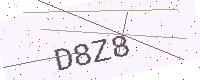
Text: D8Z8